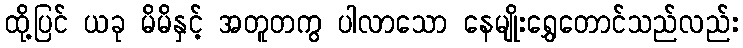
ထို့ပြင် ယခု မိမိနှင့် အတူတကွ ပါလာသော နေမျိုးရွှေတောင်သည်လည်း